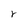
Character: r